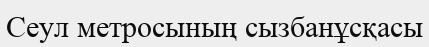
Сеул метросының сызбанұсқасы